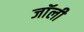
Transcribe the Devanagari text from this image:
जाॅली